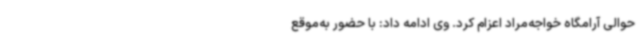
حوالی آرامگاه خواجه‌مراد اعزام کرد. وی ادامه داد: با حضور به‌موقع